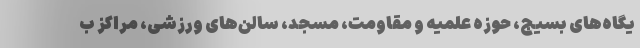
یگاه‌های بسیج، حوزه علمیه و مقاومت، مسجد، سالن‌های ورزشی، مراکز ب